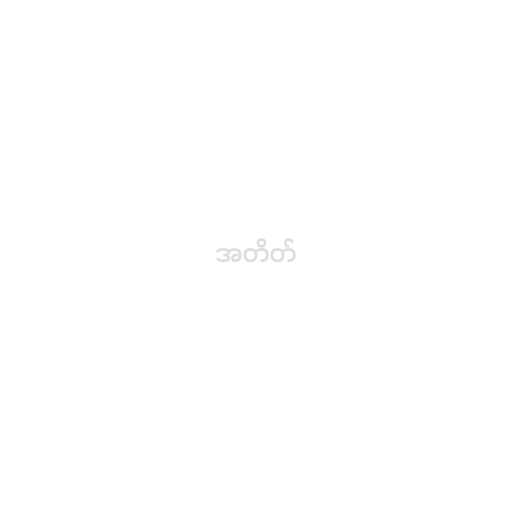
အတိတ်